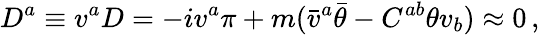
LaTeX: D^{a}\equiv v^{a}D=-iv^{a}\pi+m(\bar{v}^{a}\bar{\theta}-C^{ab}\theta v_{b})\approx 0\, ,